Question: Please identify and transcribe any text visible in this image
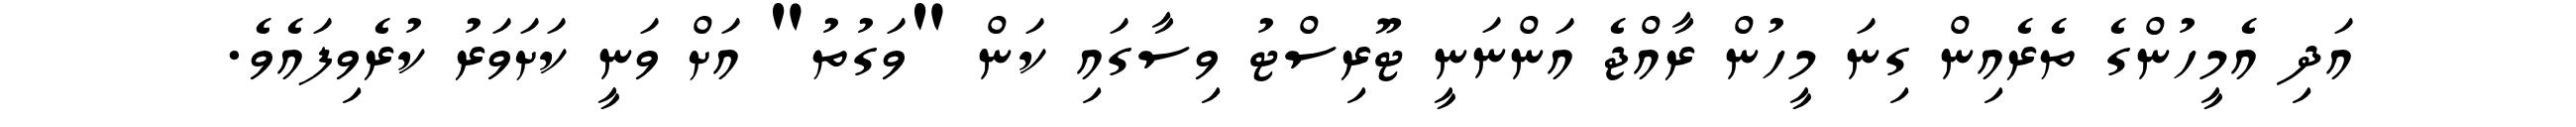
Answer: އަދި އެމީހުންގެ ތެރެއިން ގިނަ މީހުން ރާއްޖެ އަންނަނީ ޓޫރިސްޓު ވިސާގައި ކަން "ވަގުތު" އަށް ވަނީ ކަށަވަރު ކުރެވިފައެވެ.